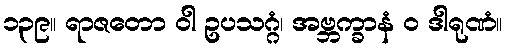
၁၃၉။ ရာဇတော ဝါ ဥပသဂ္ဂံ၊ အဗ္ဘက္ခာနံ ဝ ဒါရုဏံ။